Vaccination North-Western Provinces 1866-1877 - 1866-1877
Year: 1866
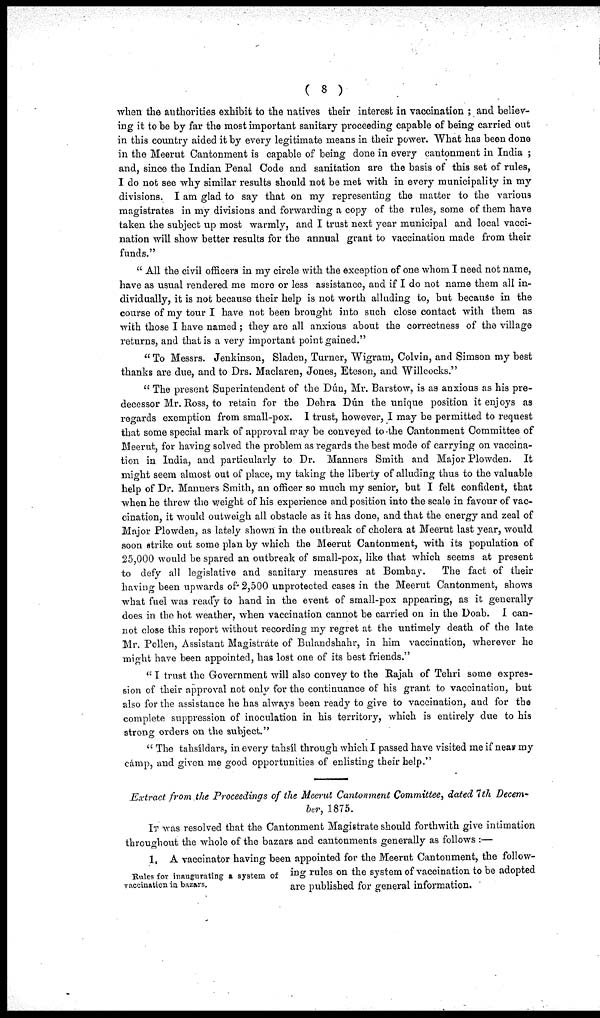
( 8 )
when the authorities exhibit to the natives their interest in vaccination ; and believ-
ing it to be by far the most important sanitary proceeding capable of being carried out
in this country aided it by every legitimate means in their power. What has been done
in the Meerut Cantonment is capable of being done in every cantonment in India ;
and, since the Indian Penal Code and sanitation are the basis of this set of rules,
I do not see why similar results should not be met with in every municipality in my
divisions. I am glad to say that on my representing the matter to the various
magistrates in my divisions and forwarding a copy of the rules, some of them have
taken the subject up most warmly, and I trust next year municipal and local vacci-
nation will show better results for the annual grant to vaccination made from their
funds."
"All the civil officers in my circle with the exception of one whom I need not name,
have as usual rendered me more or less assistance, and if I do not name them all in-
dividually, it is not because their help is not worth alluding to, but because in the
course of my tour I have not been brought into such close contact with them as
with those I have named; they are all anxious about the correctness of the village
returns, and that is a very important point gained."
"To Messrs. Jenkinson, Sladen, Turner, Wigram, Colvin, and Simson my best
thanks are due, and to Drs. Maclaren, Jones, Eteson, and Willcocks."
"The present Superintendent of the Dún, Mr. Barstow, is as anxious as his pre-
decessor Mr. Ross, to retain for the Dehra Dún the unique position it enjoys as
regards exemption from small-pox. I trust, however, I may be permitted to request
that some special mark of approval may be conveyed to the Cantonment Committee of
Meerut, for having solved the problem as regards the best mode of carrying on vaccina-
tion in India, and particularly to Dr. Manners Smith and Major Plowden. It
might seem almost out of place, my taking the liberty of alluding thus to the valuable
help of Dr. Manners Smith, an officer so much my senior, but I felt confident, that
when he threw the weight of his experience and position into the scale in favour of vac-
cination, it would outweigh all obstacle as it has done, and that the energy and zeal of
Major Plowden, as lately shown in the outbreak of cholera at Meerut last year, would
soon strike out some plan by which the Meerut Cantonment, with its population of
25,000 would be spared an outbreak of small-pox, like that which seems at present
to defy all legislative and sanitary measures at Bombay.
The fact of their
having been upwards of 2,500 unprotected cases in the Meerut Cantonment, shows
what fuel was ready to hand in the event of small-pox appearing, as it generally
does in the hot weather, when vaccination cannot be carried on in the Doab. I can-
not close this report without recording my regret at the untimely death of the late
Mr. Pollen, Assistant Magistrate of Bulandshahr, in him vaccination, wherever he
might have been appointed, has lost one of its best friends."
"I trust the Government will also convey to the Rajah of Tehri some expres-
sion of their approval not only for the continuance of his grant to vaccination, but
also for the assistance he has always been ready to give to vaccination, and for the
complete suppression of inoculation in his territory, which is entirely due to his
strong orders on the subject."
"The tahsíldars, in every tahsíl through which I passed have visited me if near my
camp, and given me good opportunities of enlisting their help."
Extract from the Proceedings of the Meerut Cantonment Committee, dated 7th Decem-
ber, 1875.
IT was resolved that the Cantonment Magistrate should forthwith give intimation
throughout the whole of the bazars and cantonments generally as follows :—
Rules for inaugurating a system of
vaccination in bazars.
1. A vaccinator having been appointed for the Meerut Cantonment, the follow-
ing rules on the system of vaccination to be adopted
are published for general information.